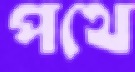
পথে